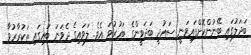
ބަދަލުގައި ބޭނުންކޮށްފައިވަނީ ސައުދީ ބަދަވީންގެ ބަހުރުވަ އެވެ. ލަވައިގެ ދެވަނަ ބައިގައި ތަކުރާރުވާ